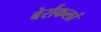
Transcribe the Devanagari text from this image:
बेर्राकलां